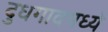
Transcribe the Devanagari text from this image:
दुधगावमध्ये